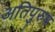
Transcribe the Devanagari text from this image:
अतिपुरुष